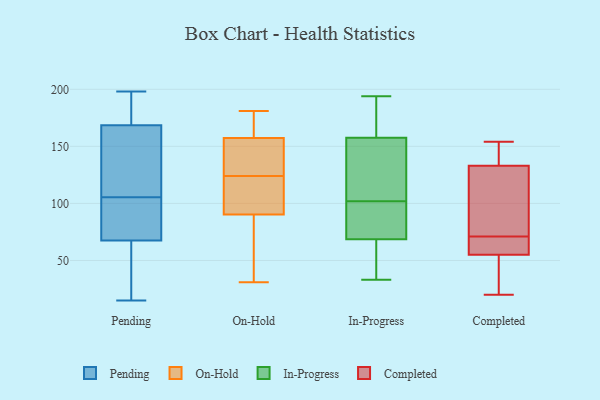
{"axis": {"x": "Headcount", "y": "Value"}, "legend": ["Completed", "In-Progress", "On-Hold", "Pending"], "data": [{"x": "", "y": 61, "type": "Pending"}, {"x": "", "y": 114, "type": "Pending"}, {"x": "", "y": 98, "type": "Pending"}, {"x": "", "y": 48, "type": "Pending"}, {"x": "", "y": 180, "type": "Pending"}, {"x": "", "y": 15, "type": "Pending"}, {"x": "", "y": 113, "type": "Pending"}, {"x": "", "y": 76, "type": "Pending"}, {"x": "", "y": 74, "type": "Pending"}, {"x": "", "y": 89, "type": "Pending"}, {"x": "", "y": 24, "type": "Pending"}, {"x": "", "y": 165, "type": "Pending"}, {"x": "", "y": 189, "type": "Pending"}, {"x": "", "y": 198, "type": "Pending"}, {"x": "", "y": 172, "type": "Pending"}, {"x": "", "y": 138, "type": "Pending"}, {"x": "", "y": 88, "type": "On-Hold"}, {"x": "", "y": 133, "type": "On-Hold"}, {"x": "", "y": 160, "type": "On-Hold"}, {"x": "", "y": 169, "type": "On-Hold"}, {"x": "", "y": 181, "type": "On-Hold"}, {"x": "", "y": 31, "type": "On-Hold"}, {"x": "", "y": 149, "type": "On-Hold"}, {"x": "", "y": 105, "type": "On-Hold"}, {"x": "", "y": 37, "type": "On-Hold"}, {"x": "", "y": 144, "type": "On-Hold"}, {"x": "", "y": 124, "type": "On-Hold"}, {"x": "", "y": 45, "type": "On-Hold"}, {"x": "", "y": 166, "type": "On-Hold"}, {"x": "", "y": 106, "type": "On-Hold"}, {"x": "", "y": 97, "type": "On-Hold"}, {"x": "", "y": 68, "type": "In-Progress"}, {"x": "", "y": 69, "type": "In-Progress"}, {"x": "", "y": 43, "type": "In-Progress"}, {"x": "", "y": 84, "type": "In-Progress"}, {"x": "", "y": 185, "type": "In-Progress"}, {"x": "", "y": 176, "type": "In-Progress"}, {"x": "", "y": 75, "type": "In-Progress"}, {"x": "", "y": 48, "type": "In-Progress"}, {"x": "", "y": 33, "type": "In-Progress"}, {"x": "", "y": 106, "type": "In-Progress"}, {"x": "", "y": 118, "type": "In-Progress"}, {"x": "", "y": 156, "type": "In-Progress"}, {"x": "", "y": 98, "type": "In-Progress"}, {"x": "", "y": 142, "type": "In-Progress"}, {"x": "", "y": 194, "type": "In-Progress"}, {"x": "", "y": 159, "type": "In-Progress"}, {"x": "", "y": 57, "type": "Completed"}, {"x": "", "y": 55, "type": "Completed"}, {"x": "", "y": 140, "type": "Completed"}, {"x": "", "y": 33, "type": "Completed"}, {"x": "", "y": 154, "type": "Completed"}, {"x": "", "y": 133, "type": "Completed"}, {"x": "", "y": 20, "type": "Completed"}, {"x": "", "y": 63, "type": "Completed"}, {"x": "", "y": 79, "type": "Completed"}, {"x": "", "y": 127, "type": "Completed"}]}